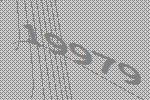
19979